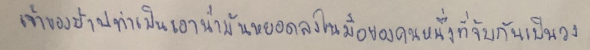
เจ้าของบ้านทำเป็นเอาน้ำมันหยอดลงในมือของคนหนึ่งที่จับกันเป็นวง